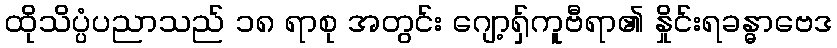
ထိုသိပ္ပံပညာသည် ၁၈ ရာစု အတွင်း ဂျော့ရှ်ကူဗီရာ၏ နှိုင်းရခန္ဓာဗေဒ